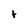
Character: t